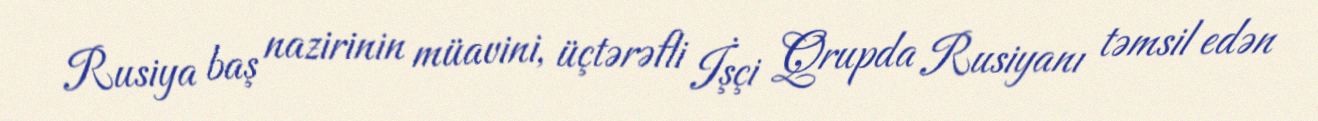
Rusiya baş nazirinin müavini, üçtərəfli İşçi Qrupda Rusiyanı təmsil edən